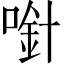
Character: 𱓼